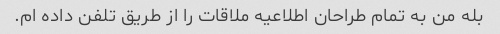
بله من به تمام طراحان اطلاعیه ملاقات را از طریق تلفن داده ام.